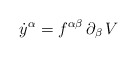
\begin{align*}\dot y^\alpha=f^{\alpha\beta}\,\partial_\beta\,V\end{align*}